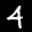
Label: 4